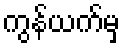
ကွန်ယက်မှ